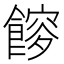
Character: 𩝯